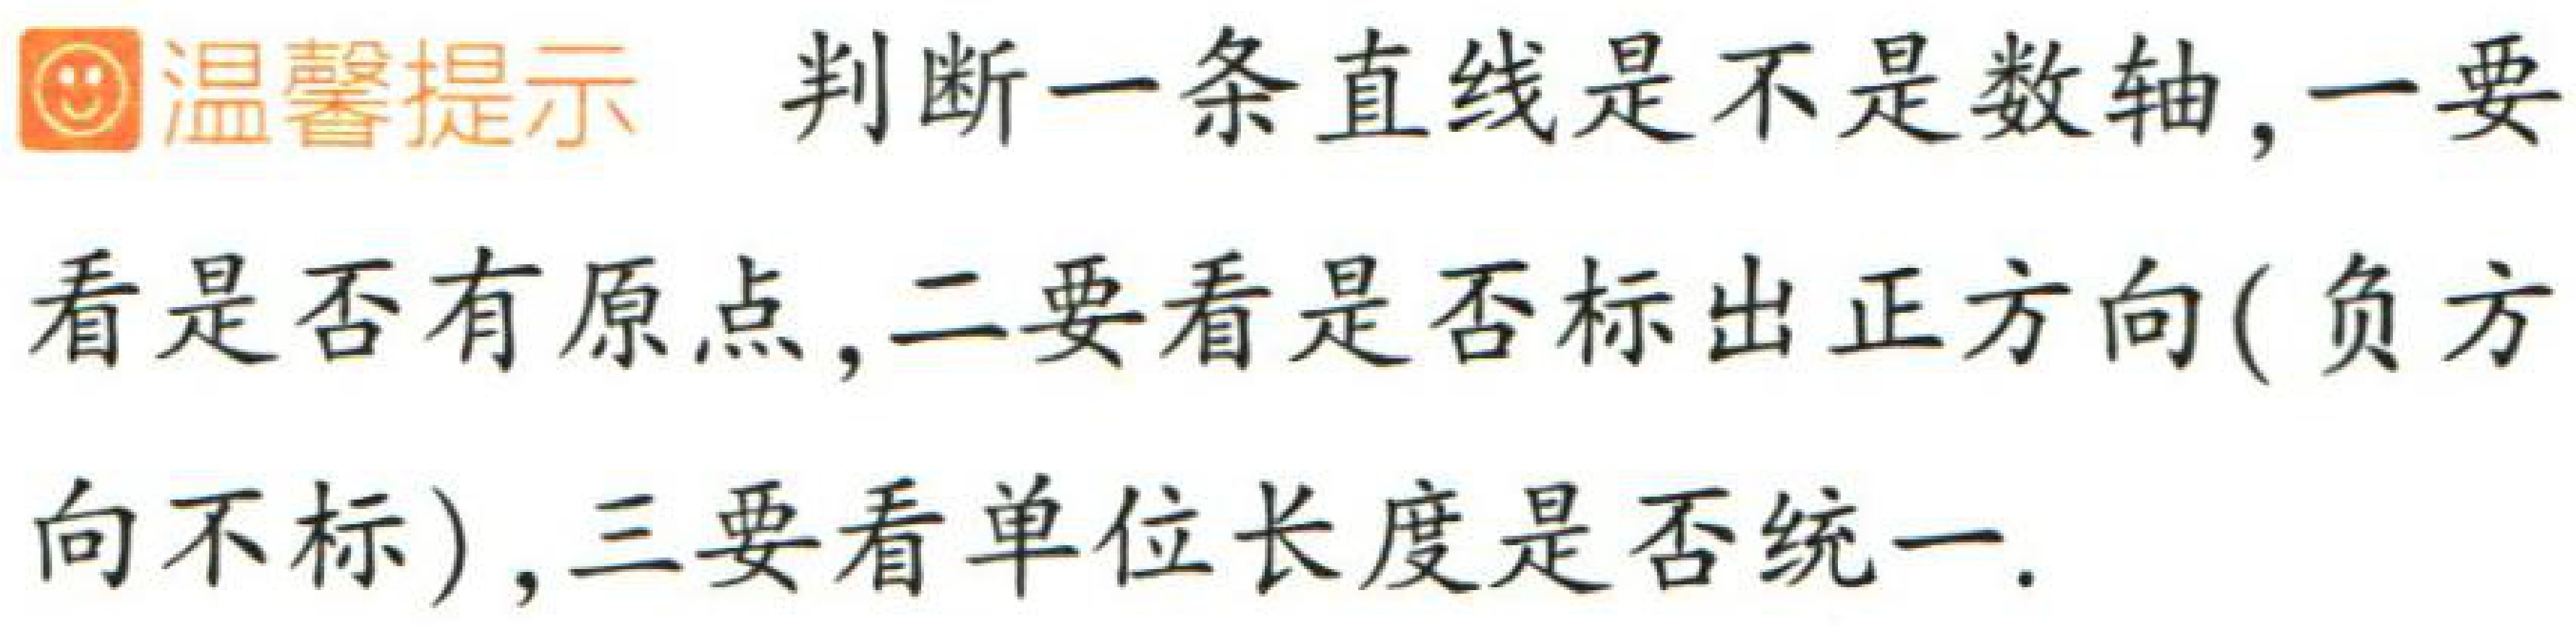
温馨提示 判断一条直线是不是数轴, 一要
看是否有原点, 二要看是否标出正方向( 负方
向不标), 三要看单位长度是否统一.